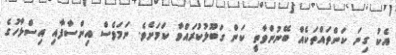
އެކު ގިނަ ކަންތައްތަކެއް ބޭނުންވާތީ ކަން ގަބޫލުކުރައްވާ ކަމަށެވެ. ނަމަވެސް އިންސާފާއި އިސްލާހުގެ